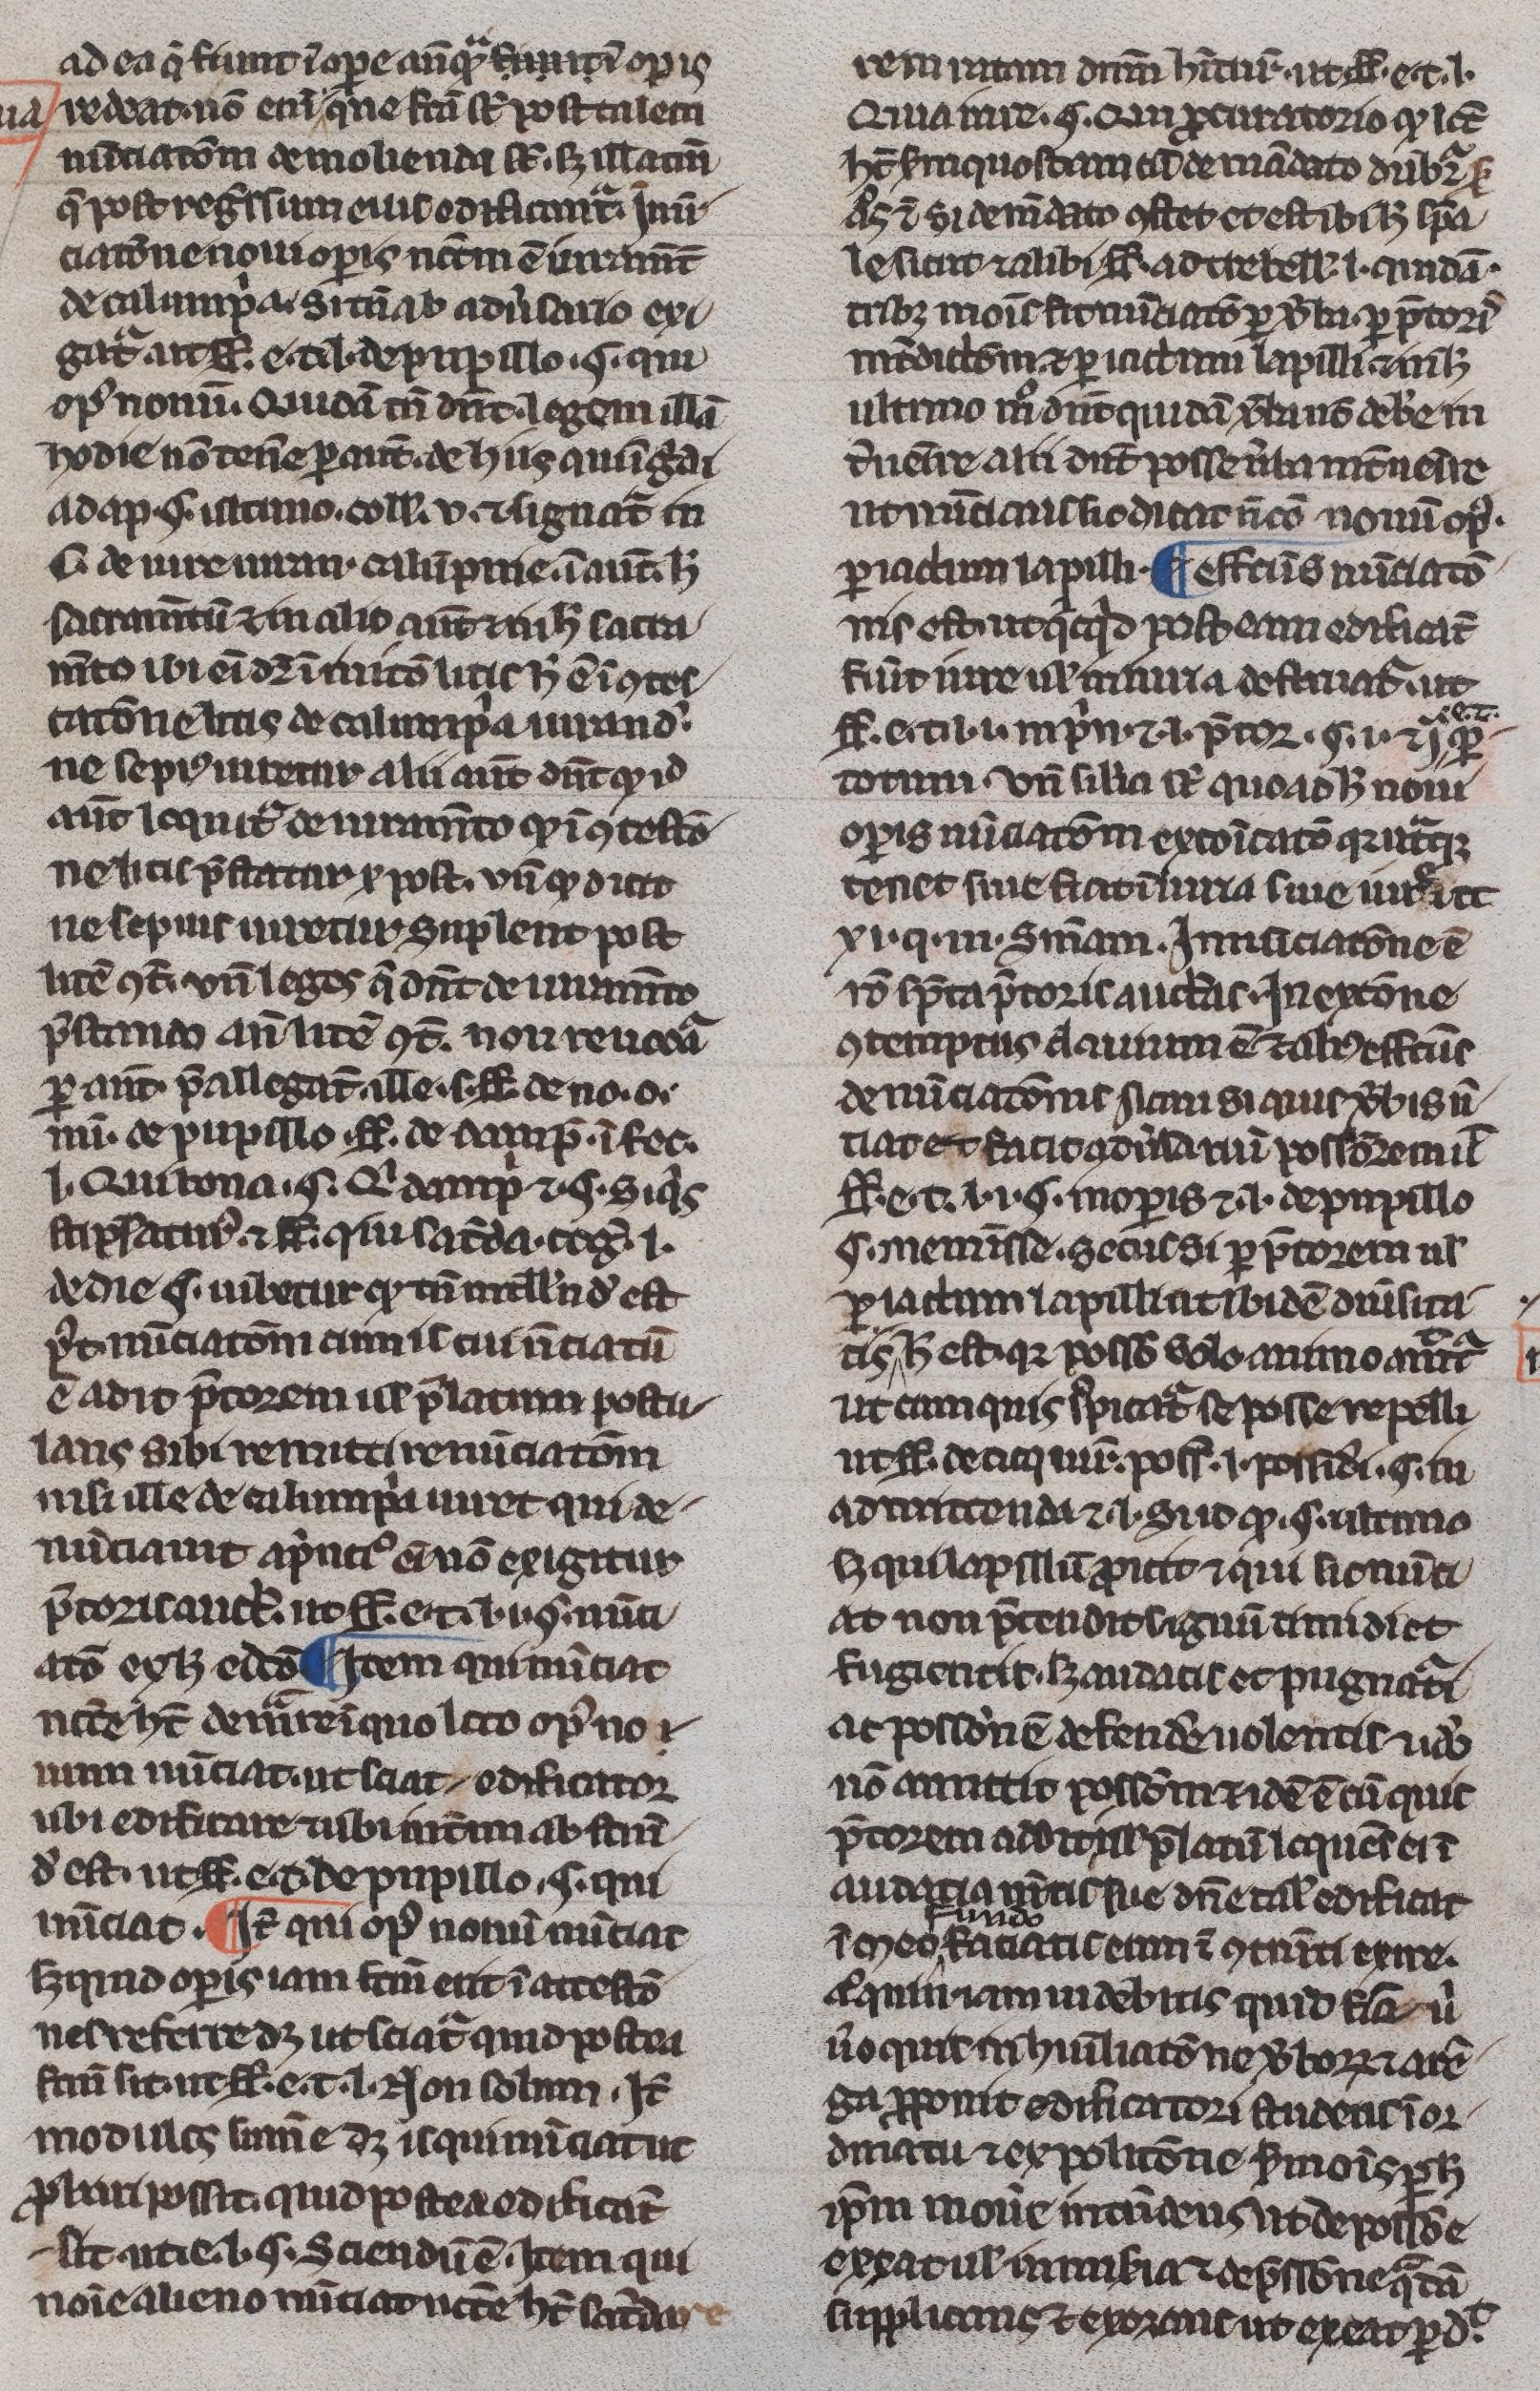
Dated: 1300–1330